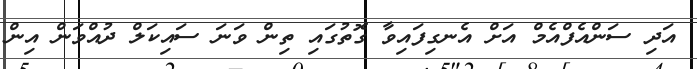
އަދި ސަންއެފްއެމް އަށް އެނގިފައިވާ ގޮތުގައި ތިން ވަނަ ސައިކަލް ދުއްވަން އިން